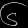
Digit: ၆